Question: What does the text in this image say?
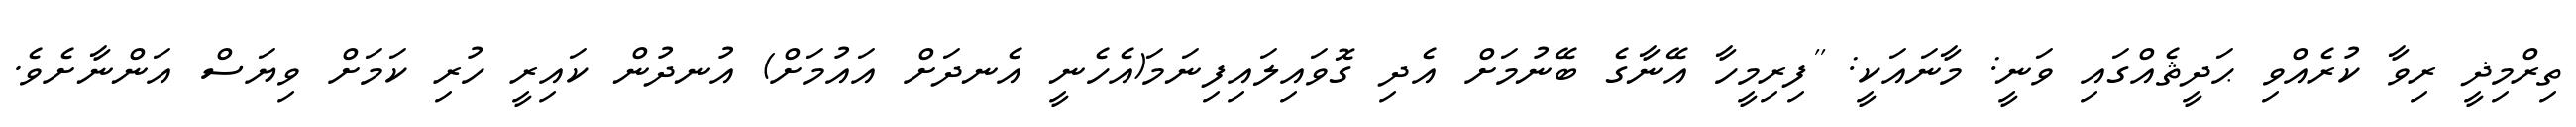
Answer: ތިރްމިޛީ ރިވާ ކުރެއްވި ޙަދީޘެއްގައި ވަނީ: މާނައަކީ: ''ފިރިމީހާ އޭނާގެ ބޭނުމަށް އެދި ގޮވައިލައިފިނަމަ(އެހެނީ އެނދަށް އައުމަށް) އުނދުން ކައިރީ ހުރި ކަމަށް ވިޔަސް އަންނާށެވެ.